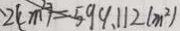
2 ( c m ^ { 2 } ) = 5 9 9 . 1 1 2 ( m ^ { 2 } )